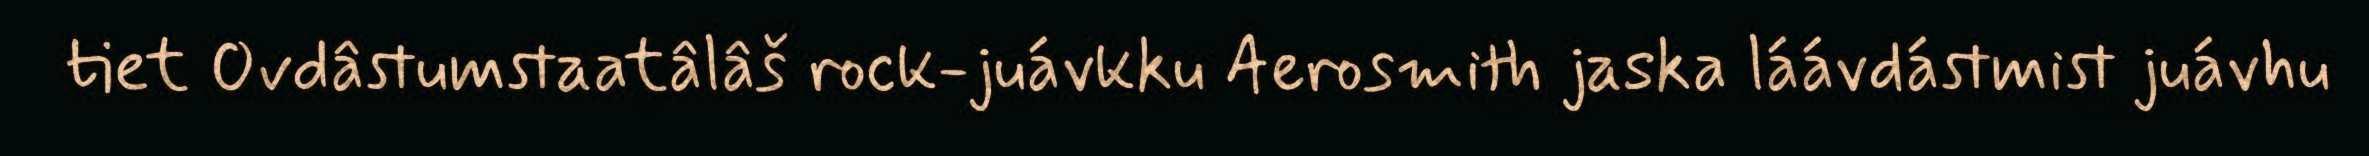
tiet Ovdâstumstaatâlâš rock-juávkku Aerosmith jaska láávdástmist juávhu